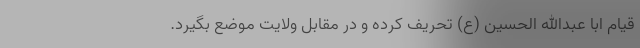
قیام ابا عبدالله الحسین (ع) تحریف کرده و در مقابل ولایت موضع بگیرد.